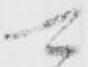
可